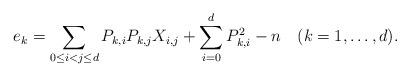
LaTeX: \begin{align*} e_k=\sum_{0\leq i<j\leq d} P_{k,i}P_{k,j}X_{i,j}+\sum_{i=0}^d P_{k,i}^2-n\quad(k=1,\dots,d).\end{align*}